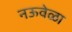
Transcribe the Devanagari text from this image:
नऊवेळा